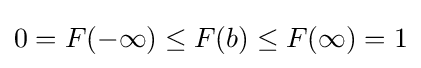
0=F(-\infty )\leq F(b)\leq F(\infty )=1